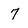
Character: 7